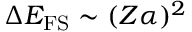
\Delta E _ { \mathrm { F S } } \sim ( Z \alpha ) ^ { 2 }